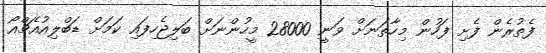
ފެތުރެން ފެށި ފަހުން މިހާތަނަށް ވަނީ 28000 މީހުންނަށް ބަލިޖެހިފައި ކަމަށް ޑަބްލިއުއެޗްއޯ